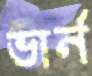
ভার্ন